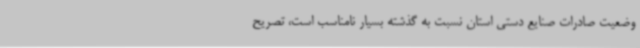
وضعیت صادرات صنایع دستی استان نسبت به گذشته بسیار نامناسب است، تصریح